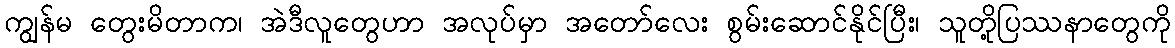
ကျွန်မ တွေးမိတာက၊ အဲဒီလူတွေဟာ အလုပ်မှာ အတော်လေး စွမ်းဆောင်နိုင်ပြီး၊ သူတို့ပြဿနာတွေကို